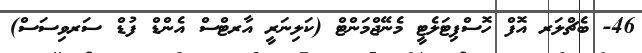
46- ބެޗްލަރ އޮފް ހޮސްޕިޓަލެޓީ މެނޭޖްމަންޓް (ކަލިނަރީ އާރޓްސް އެންޑް ފުޑް ސަރވިސަސް)